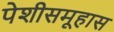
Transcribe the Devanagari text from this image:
पेशीसमूहास